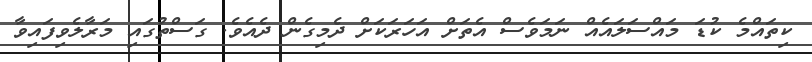
ކިތައްމެ ކުޑަ މައްސަލައެއް ނަމަވެސް އެތަށް އަހަރަކަށް ދެމިގެން ދެއެވެ. ގަސްތުގައި މަރާލެވިފައިވާ